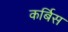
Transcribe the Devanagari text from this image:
कर्बिस